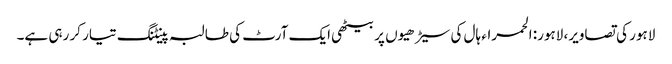
لاہور کی تصاویر، لاہور: الحمراء ہال کی سیڑھیوں پر بیٹھی ایک آرٹ کی طالبہ پینٹنگ تیار کر رہی ہے۔